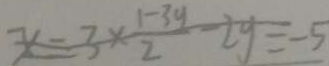
x = 3 \times \frac { 1 - 3 y } { 2 } - 2 y = - 5